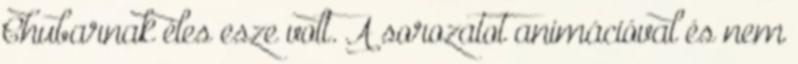
Chubarnak éles esze volt. A sorozatot animációval és nem